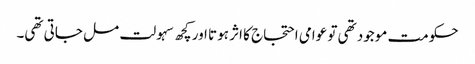
حکومت موجود تھی تو عوامی احتجاج کا اثر ہوتا اور کچھ سہولت مل جاتی تھی۔